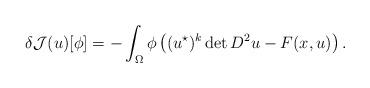
LaTeX: \begin{align*}\delta \mathcal J(u)[\phi] = -\int_\Omega \phi\left((u^{\star})^k\det D^2u-F(x, u)\right). \end{align*}